King Institute of Preventive Medicine Micro-Biological Section reports 1912-19
Year: 1912
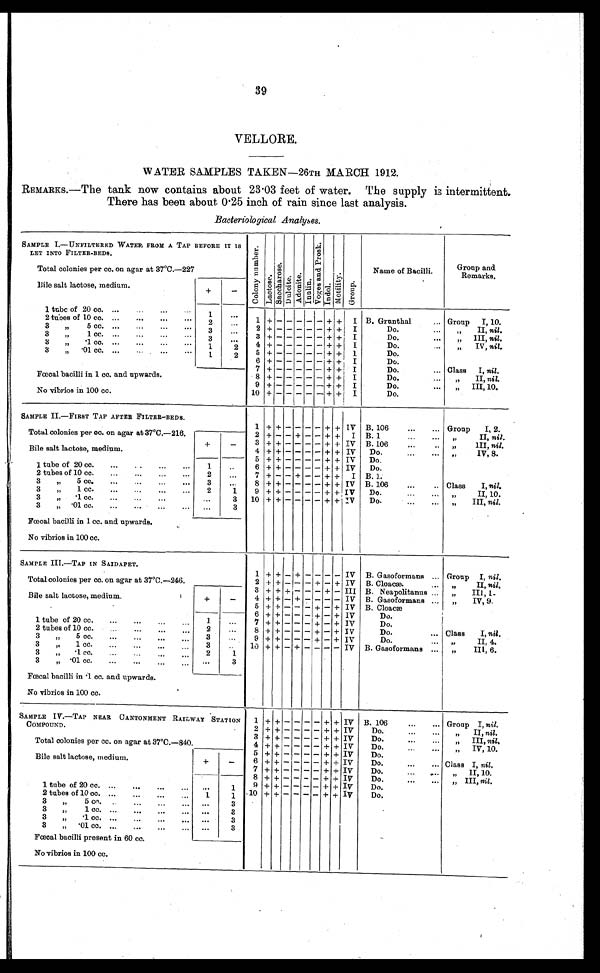
39
VELLORE.
WATER SAMPLES TAKEN—26TH MARCH 1912.
REMARKS. —The tank now contains about 23.03 feet of water. The supply is intermittent.
There has been about 0.25 inch of rain since last analysis.
Bacteriological Analyses.
SAMPLE I.—UNFILTERED WATER FROM A TAP BEFORE IT IS
LET INTO FILTER-BEDS.
Total colonies per cc. on agar at 37° C.—227
C o l o n y N u m b e r .
L a c t o s e .
S a c c h a r o s e .
D u l c i t e . A d o n i t e . I n u l i n .
V o g e s a n d P r o s k .
I n d o l .
M o t i l i t y .
G r o u p .
Name of Bacilli.
Group and
Remarks..
Bile salt lactose, medium.
+
-
1 tube of 20 cc. ...
...
1
1
+ - - - - - + +
I
B. Grunthal
... Group
I, 10.
2 tubes of 10 cc. ...
...
...
2
. . .
2
+ - - - - -
+ +
I
Do.
„ I I ,
n i l .
3
„ 5 cc. ...
... ...
3
. . .
3 +
- - - - - + +
I
Do.
„ I I I ,
n i l .
3
„ 1 cc. ...
... ...
3
. . .
4
+ - - - - - + +
I
Do.
„ I V ,
n i l .
3
„ .1 cc. ... ... ...
1
2
5
+ - - - - - +
+
1
Do.
3 „ .01 cc. ... ... ... ...
1
2
6
+ - - - - - + +
I
Do.
7
+ - - - - -
+ +
I
Do.
... Class
I, nil.
Fœcal bacilli in 1 cc. and upwards.
No vibrios in 100 cc.
8
+ - - - - - + +
I
Do.
...
„
II, nil.
9 + - - - - - + +
I
Do.
...
„
III, 10.
1 0
+
- - - - - + +
I
Do.
SAMPLE II.—FIRST TAP AFTER FILTER-BEDS.
Total colonies per cc. on agar at 37°C.—216.
1 + + - - - - +
+
IV B. 106
...
... Group
I, 2.
2 + - - + - - + +
I B. 1
„ I I , n i l .
Bile salt lactose, medium.
+
_
3 + + - - - - + + IV B. 106
... „ III
, nil.
4 + + - - - - + + IV
Do....
„ IV, 8 .
1 tube of 20 cc.
...
..
...
...
1
..
5 + + - - - - + + IV
Do.
6 + + - - - - + + IV
Do.
2 tubes of 10 cc.
...
...
...
...
2
7 + - - + - - + +
I B. 1.
3
„
5 cc.
...
3
...
8 + + - - - - + + IV B. 106
...
.. Class
I, nil.
3
„
1 cc.
...
2
1
9 + + - - - - + + IV
Do.
„ I I , 1 0 .
10 + + -
-
- - + + IV
Do.
„ III, nil.
3
„
.1 cc.
...
...
...
3
3
„ •01 cc.
...
...
...
...
...
3
Fœecal bacilli in 1 cc. and upwards.
No vibrios in 100 cc.
SAMPLE III.—TAP IN SAIDAPET.
Total colonies per cc. on agar at 37° C.—246.
1 + + - + - - - - IV B. Gasoformans ... Group I, nil,
2 + + - - - + - + IV B. Cloaca).
„I
I,
n i l .
3 + + + - - - + - III B. Neapolitanus ...
„
III, 1.
Bile salt lactose, medium.
+
_
4 + + - + - - - - IV B. Gasoformans ...
„
IV, 9.
5 + + - - - + - + IV
B. Cloacæ
6 + + - - - + - + IV
Do.
1 tube of 20 cc.
...
...
...
...
1
...
7 + + - - - + - + IV
Do.
2 tubes of 10 cc.
... ... ... ...
2
...
8 + + - - - + - + IV
Do. ... Class
I, nil.
3
„
5 cc.
...
...
...
...
3
..
9 + + - - - + - + IV
Do.
„ I I , 4 .
3
„
1 cc.
...
...
...
3
..
10 + + - + - - - - IV B. Gasoformans ...
„
III, 6.
3
„
.1 cc.
...
...
...
2
1
3
„ . 0 1 c c . . . . . . . . . . . . .
3
Fœcal bacilli in .1 cc. and upwards.
No vibrios in 100 cc.
SAMPLE IV.—TAP NEAR CANTONMENT RAILWAY STATION
COMPOUND.
Total colonies per cc. on agar at 37° C.—840.
1 + + - - - - + + IV B. 106
...
... Group I, nil.
2 + + - - - - + + IV
Do.
II, nil.
3 + + - - - - + + IV
Do.
III, nil.
4
+ + - - - - + + IV
Do.
IV, 10.
5 + + - - - - + + IV
Do,
Bile salt lactose, medium.
+
_
6 + + - - - - + + IV
Do.
...
... Class I, nil.
7 + + - - - - + + IV
Do.
II, 10.
8 + + - - - - + + IV
Do.
...
...
„ III, nil.
1 tube of 20 cc. ...
...
...
...
. . .
1
9 + + - - - - + + IV
Do.
10 + + - - - - + + Iv
Do.
2 tubes of 10 cc. ...
...
...
1
1
3
„
5 cc.
...
...
...
. . .
3
3
„ 1 c c .
3
3
„ . 1 c c .
3
3 „ . 0 1 c c .
. . .
3
Fœcal bacilli present in 60 cc.
No vibrios in 100 cc.